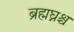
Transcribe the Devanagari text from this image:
ब्रह्मघ्नश्च